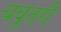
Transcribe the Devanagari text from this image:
चबूतरी